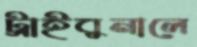
ট্রাইবুনালে